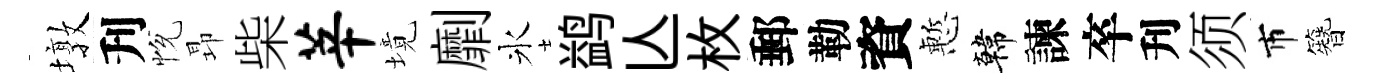
墩刋恱昻柴莘境劘氷鹢亾枚郵勒資慙韓諫卒刋须市簪